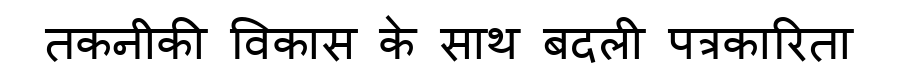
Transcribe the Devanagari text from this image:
तकनीकी विकास के साथ बदली पत्रकारिता